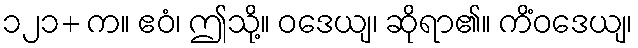
၁၂၁+ က။ ဧဝံ၊ ဤသို့။ ဝဒေယျ၊ ဆိုရာ၏။ ကိံဝဒေယျ၊